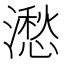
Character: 㵞